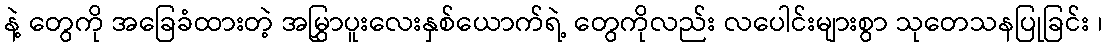
နဲ့ တွေကို အခြေခံထားတဲ့ အမြွှာပူးလေးနှစ်ယောက်ရဲ့ တွေကိုလည်း လပေါင်းများစွာ သုတေသနပြုခြင်း ၊